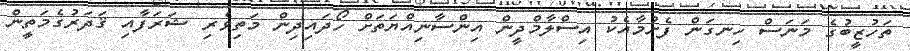
ތަހުޒީބުގެ މަނަސް ހިނގަން ފެށުމާއެކު އިސްލާމްދީން އިންސާނިއްޔަތަށް ހޯދައިދިން މަތިވެރި ޝަރަފާއި ޤަދަރުގެމަތީން